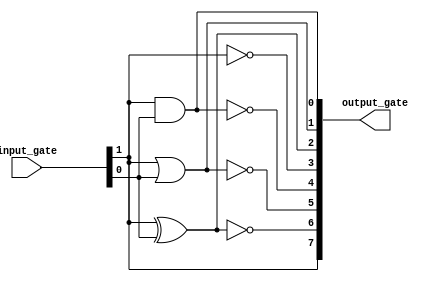
/*
Ines Alejandro Garcia Mosqueda
Implementacion de compuertas logicas:

AND
OR
XOR
NOT
NAND
NOR
XNOR
YES

*/

module Gates(
	
	input [1:0] input_gate,
	output reg [7:0] output_gate
	
); 



always @(*)
	begin
		output_gate[0] = input_gate[1] & input_gate[0]; 	//AND
		output_gate[1] = input_gate[1] | input_gate[0];		//OR
		output_gate[2] = input_gate[1] ^ input_gate[0];		//XOR
		output_gate[3] = ~input_gate[1];							//NOT
		output_gate[4] = ~(input_gate[1] & input_gate[0]);	//NAND
		output_gate[5] = ~(input_gate[1] | input_gate[0]);	//NOR
		output_gate[6] = ~(input_gate[1] ^ input_gate[0]);	//XNOR
		output_gate[7] = input_gate[1];							//YES
	end
	
endmodule